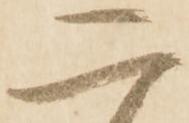
二